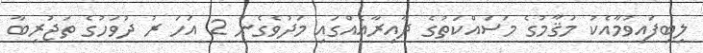
ލިބިފައިވުމާއެކު މަޤާމުގެ މަސައްކަތުގެ ދާއިރާއެއްގައި މަދުވެގެން 2 އަހަ ރު ދުވަހުގެ ތަޖުރިބާ